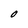
Character: O